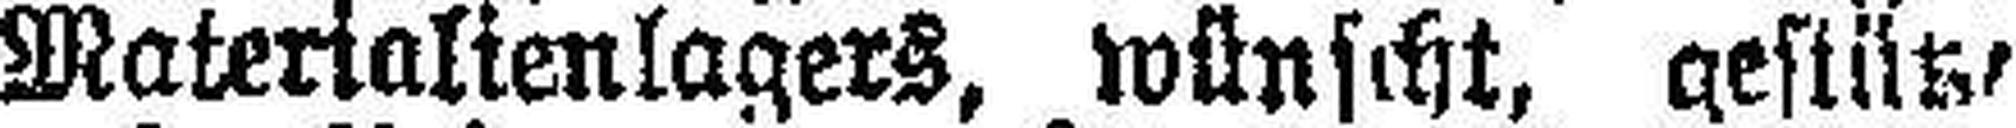
Materialienlagers, wünscht, gestützt